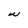
Character: W